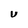
Character: U